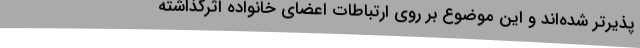
پذیرتر شده‌اند و این موضوع بر روی ارتباطات اعضای خانواده اثرگذاشته